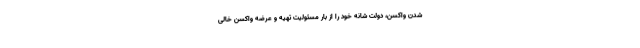
شدن واکسن، دولت شانه خود را از بار مسئولیت تهیه و عرضه واکسن خالی